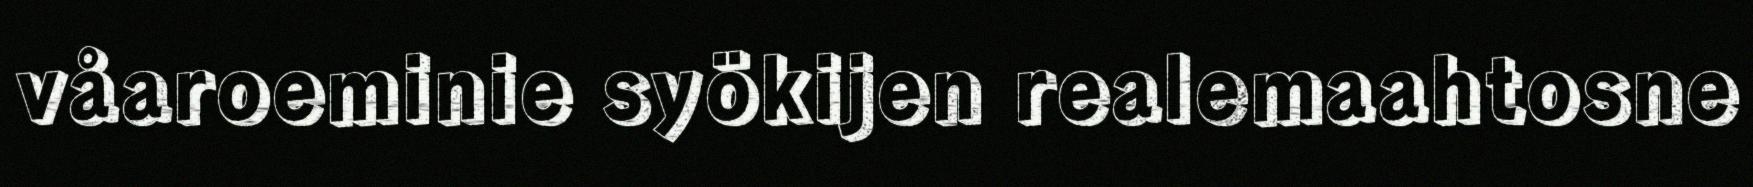
våaroeminie syökijen realemaahtosne